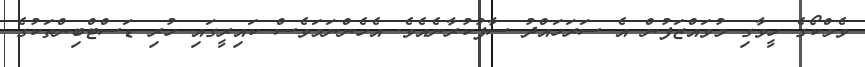
ވެމްކޯގެ ހީވާގި މުވައްޒަފުން އެ ސަރަހައްދު ސާފުކުރާނެއެވެ. އެހެންނަމަވެސް ކައިރީގައި ހުރި ޑަސްޓްބިންތަކުގެ